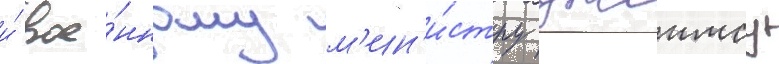
и́ вое́нному м'ин'и́стру джеимсу